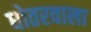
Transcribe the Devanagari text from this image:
धोतरवाला